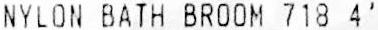
NYLON BATH BROOM 718 4'